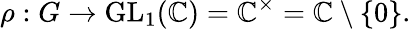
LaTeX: \rho:G\to{\mathrm{GL}}_{1}(\mathbb{C})=\mathbb{C}^{\times}=\mathbb{C}\setminus\{ 0\} .